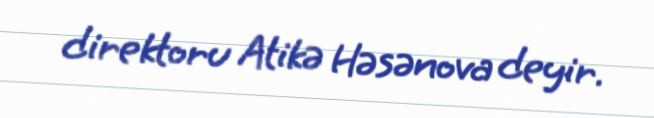
direktoru Atikə Həsənova deyir.